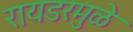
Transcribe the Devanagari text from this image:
रायडरमुळे